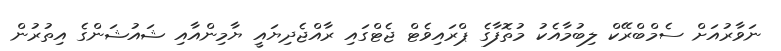
ނަވާރުއަށް ސެމްބްރޭކް ލިބުމާއެކު މުތޮފާގެ ޕްރައިވެޓް ޖެޓްގައި ރާއްޖެދިޔައީ ޔާމިންއާއި ޝައުޝަންގެ އިތުރުން